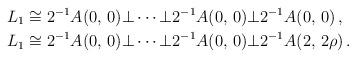
LaTeX: \begin{align*} L_1&\cong 2^{-1}A(0,\,0)\bot\cdots\bot 2^{-1}A(0,\,0)\bot 2^{-1}A(0,\,0)\,,\\ L_1&\cong 2^{-1}A(0,\,0)\bot\cdots\bot 2^{-1}A(0,\,0)\bot 2^{-1}A(2,\,2\rho)\,. \end{align*}